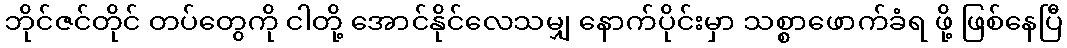
ဘိုင်ဇင်တိုင် တပ်တွေကို ငါတို့ အောင်နိုင်လေသမျှ နောက်ပိုင်းမှာ သစ္စာဖောက်ခံရ ဖို့ ဖြစ်နေပြီ